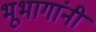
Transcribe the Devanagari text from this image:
भूभागांनी